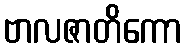
ဗာလဇာတိကော